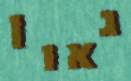
גאון